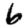
Digit: 6